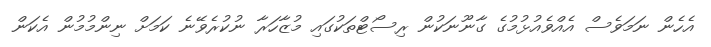
އެހެން ނަމަވެސް އެއްވެއުޅުމުގެ ގާނޫނަކުން ރިސޯޓްތަކުގައި މުޒާހަރާ ނުކުރެވޭނެ ކަމަށް ނިންމުުމުން އެކަން